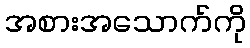
အစားအသောက်ကို